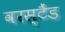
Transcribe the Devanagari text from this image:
वरस्टैंड